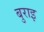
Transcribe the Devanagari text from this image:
बुराइ